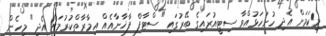
މިކަމަށް އެދި ހުށަހަޅުއްވާ ސިޓީއުރައިގެ ބޭރުގައި "ސްޓާފް ފާޚާނާއެއް އިމާރާތްކުރުމަށް އެދި" މިހެން